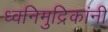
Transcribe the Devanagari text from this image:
ध्वनिमुद्रिकांनी